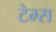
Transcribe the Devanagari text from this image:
टेम्‍स